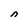
Character: n